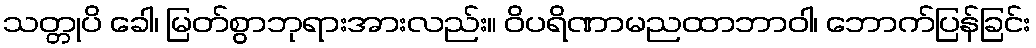
သတ္တုပိ ခေါ၊ မြတ်စွာဘုရားအားလည်း။ ဝိပရိဏာမညထာဘာဝါ၊ ဘောက်ပြန်ခြင်း